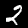
Digit: 2